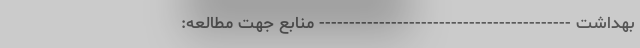
بهداشت ------------------------------------------ منابع جهت مطالعه: